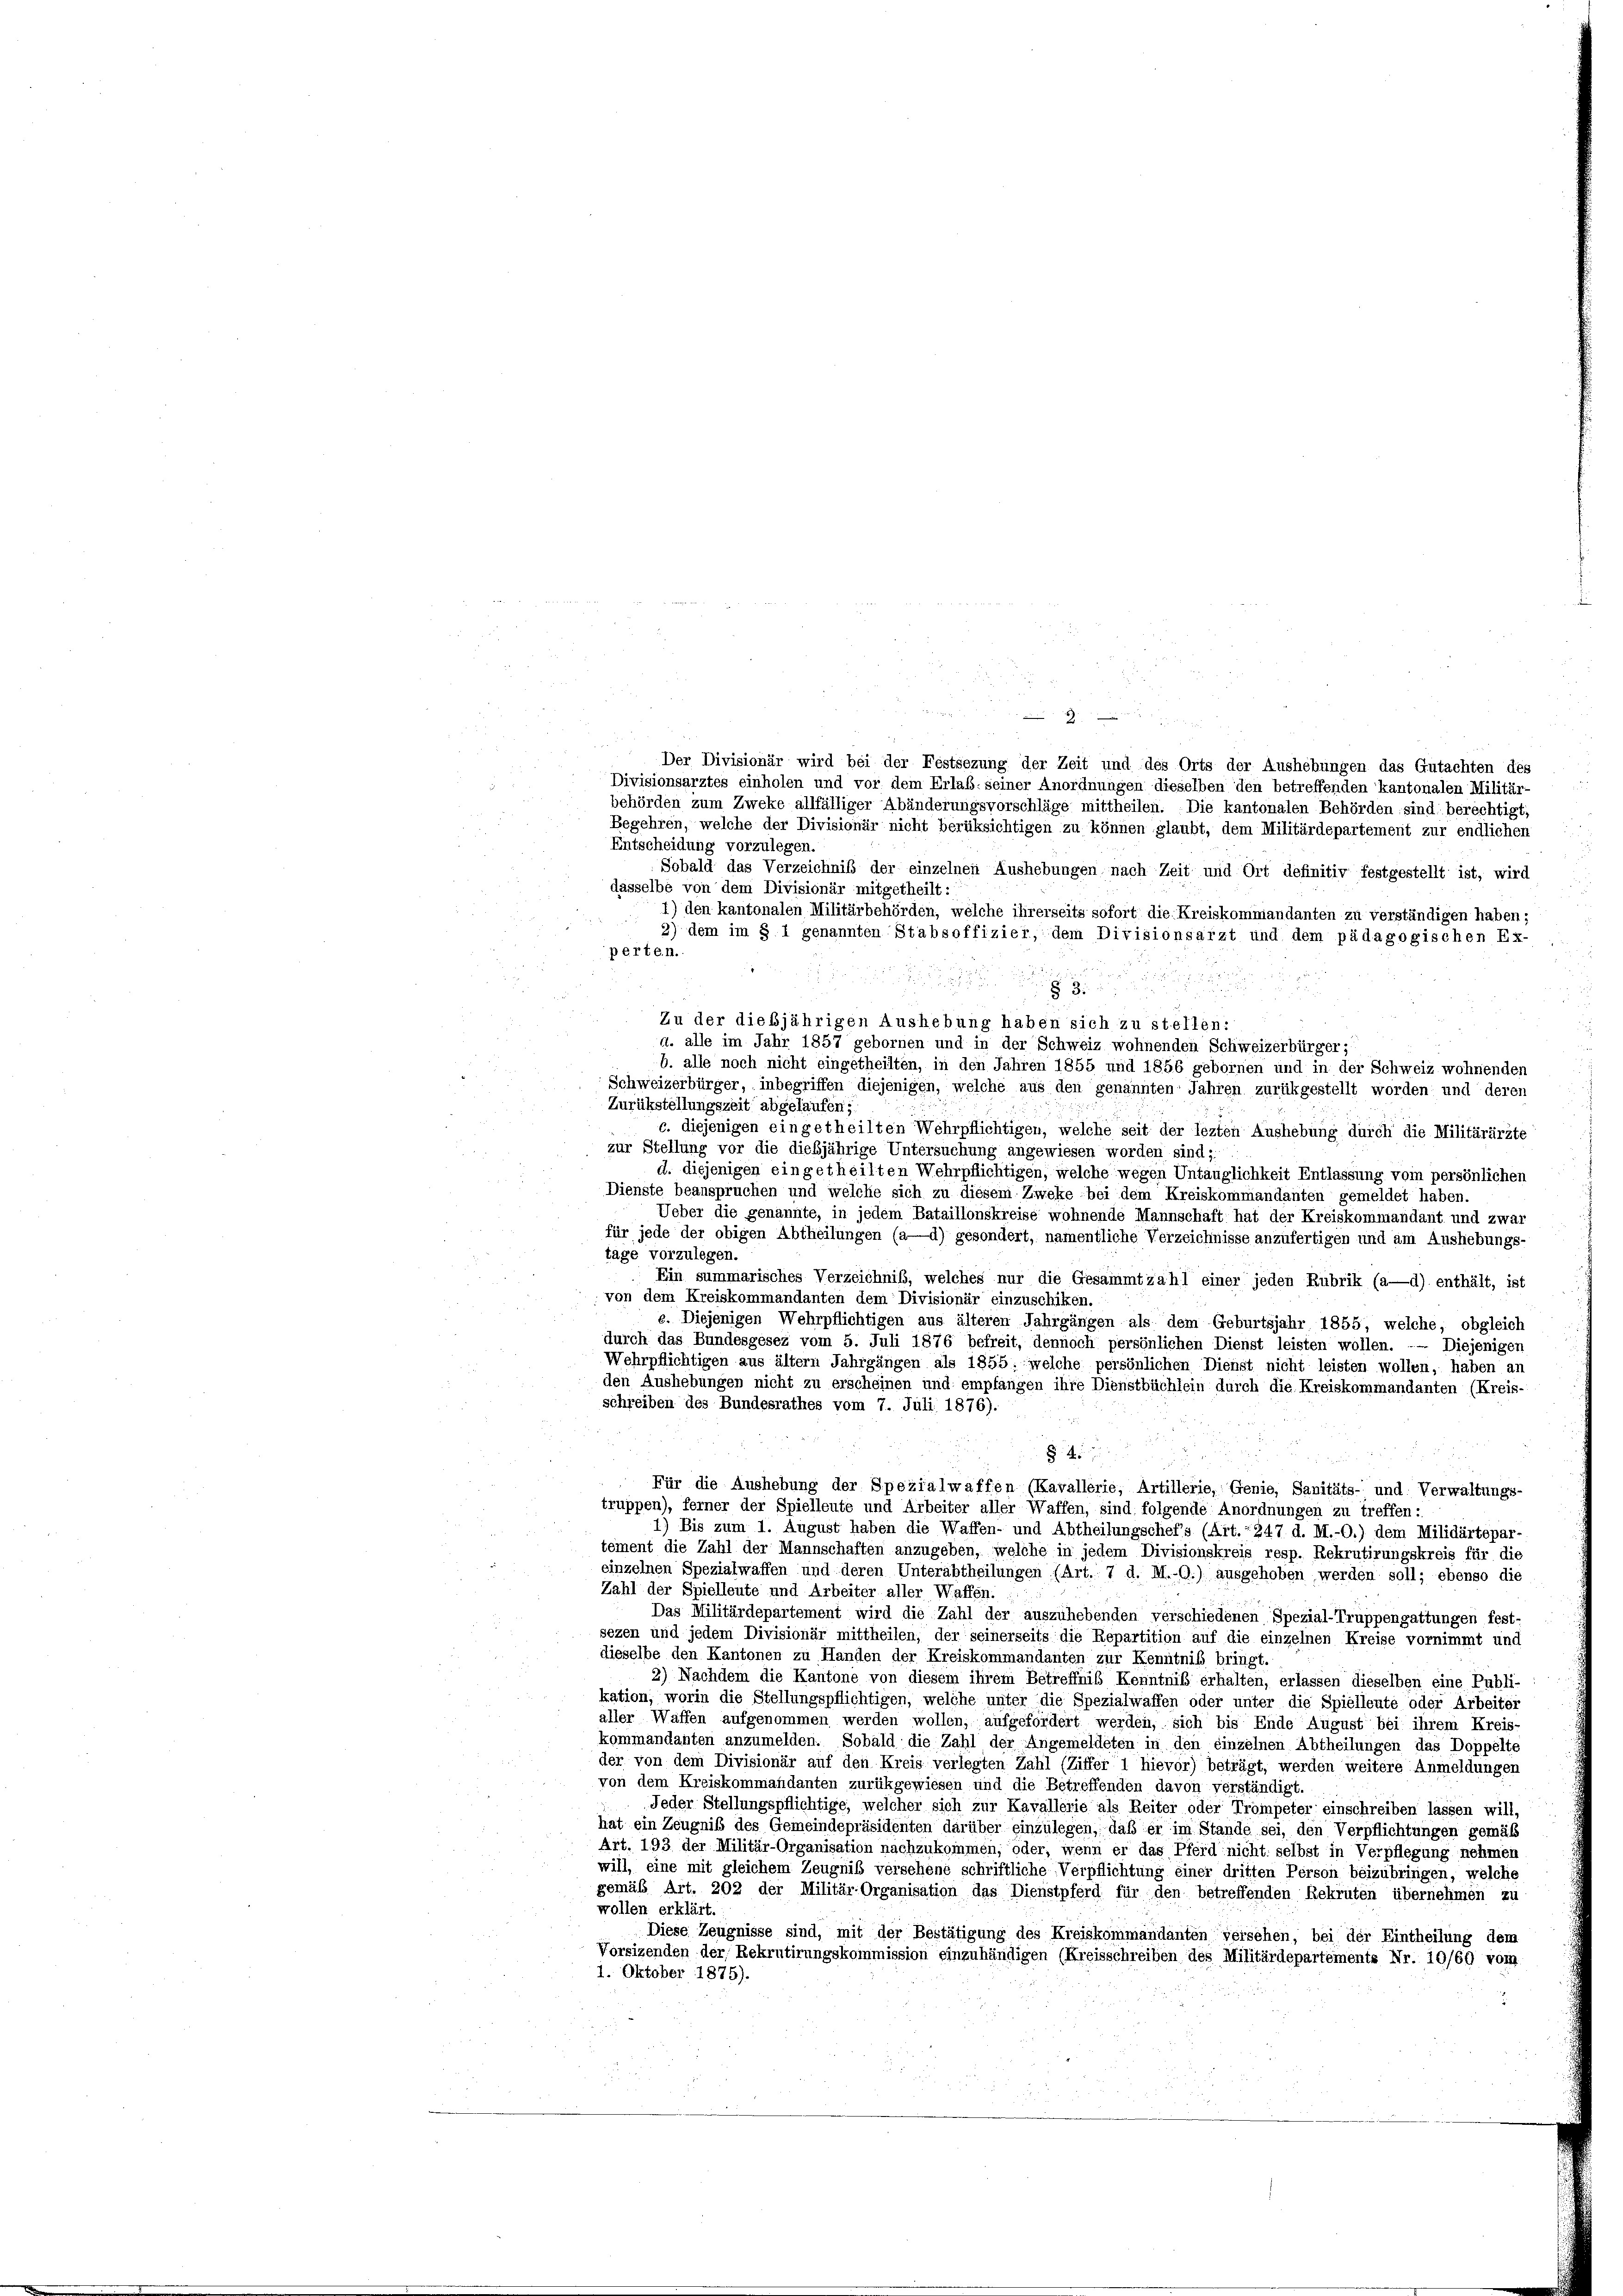
behörden zum Zweke allfälliger Abänderungsvorschläge mittheilen. Die kantonalen Behörden sind berechtigt,
Begehren, welche der Divisionär nicht berüksichtigen zu können glaubt, dem Militärdepartement zur endlichen
Entscheidung vorzulegen.
Sobald das Verzeichniß der einzelnen Aushebungen nach Zeit und Ort definitiv festgestellt ist, wird
dasselbe von dem Divisionär mitgetheilt:
1) den kantonalen Militärbehörden, welche ihrerseits sofort die Kreiskommandanten zu verständigen haben:
2) dem im § I genannten Stabsoffizier, dem Divisionsarzt und dem pädagogischen Ex-
perten.

Zu der dießjährigen Aushebung haben sich zu stellen:
u. alle im Jahr 1857 gebornen und in der Schweiz wohnenden Schweizerbürger,
b. alle noch nicht eingetheilten, in den Jahren 1855 und 1856 gebornen und in der Schweiz wohnenden
Schweizerbürger, inbegriffen diejenigen, welche aus den genannten Jahren zurükgestellt worden; und deren
Zurükstellungszeit abgelaufen;
c. diejenigen eingetheilten Wehrpflichtigen, welche seit der lezten Aushebung durch die Militärärzte
zur Stellung vor die dießjährige Untersuchung angewiesen worden sind;
d. diejenigen eingetheilten Wehrpflichtigen, welche wegen Untauglichkeit Entlassung vom persönlichen
Dienste beanspruchen und welche sich zu diesem Zweke bei dem Kreiskommandanten gemeldet haben.
Ueber die genannte, in jedem Bataillonskreise wohnende Mannschaft hat der Kreiskommandant und zwar
für jede der obigen Abtheilungen (a—d) gesondert, namentliche Verzeichnisse anzufertigen und am Ausliebungs-
tage vorzulegen.
Ein summarisches Verzeichniß, welches nur die Gesammtzahl einer jeden Rubrik (a—d) enthält, ist
von dem Kreiskommandanten dem Divisionär einzuschiken.
e. Diejenigen Wehrpflichtigen aus älteren Jahrgängen als dem Geburtsjahr 1855, welche, obgleich
durch das Bundesgesez vom 5. Juli 1876 befreit, dennoch persönlichen Dienst leisten wollen. — Diejenigen
Wehrpflichtigen aus ältern Jahrgängen als 1855: welche persönlichen Dienst nicht leisten wollen, haben an
den Aushebungen nicht zu erscheinen und empfangen ihre Dienstbüchlein durch die Kreiskommandanten (Kreis-
schreiben des Bundesrathes vom 7. Juli 1876).
§ 4
Für die Aushebung der Spezialwaffen (Kavallerie, Artillerie, Genie, Sanitäts- und Verwaltungs-
truppen), ferner der Spielleute und Arbeiter aller Waffen, sind folgende Anordnungen zu treffen:
1) Bis zum 1. August haben die Waffen- und Abtheilungschefs (Art. 247 d. M.-O.) dem Milidärtepar-
tement die Zahl der Mannschaften anzugeben, welche in jedem Divisionskreis resp. Rekrutirungskreis für die
einzelnen Spezialwaffen und deren Unterabtheilungen (Art. 7 d. M.-O.) ausgehoben werden soll; ebenso die
Zahl der Spielleute und Arbeiter aller Waffen.
Das Militärdepartement wird die Zahl der auszuhebenden verschiedenen Spezial-Truppengattungen fest-
sezen und jedem Divisionär mittheilen, der seinerseits die Repartition auf die einzelnen Kreise vornimmt und
dieselbe den Kantonen zu Handen der Kreiskommandanten zur Kenntniß bringt.
2) Nachdem die Kantone von diesem ihrem Betreffniß Kenntniß erhalten, erlassen dieselben eine Publi-
kation, worin die Stellungspflichtigen, welche unter die Spezialwaffen oder unter die Spielleute oder Arbeiter
aller Waffen aufgenommen werden wollen, aufgefordert werden, sich bis Ende August bei ihrem Kreis-
kommandanten anzumelden. Sobald die Zahl der Angemeldeten in den einzelnen Abtheilungen das Doppelte
der von dem Divisionär auf den Kreis verlegten Zahl (Ziffer 1 hievor) beträgt, werden weitere Anmeldungen
von dem Kreiskommandanten zurükgewiesen und die Betreffenden davon verständigt.
Jeder Stellungspflichtige, welcher sich zur Kavallerie als Reiter oder Trompeter einschreiben lassen will,
hat ein Zeugniß des Gemeindepräsidenten darüber einzulegen, daß er im Stande sei, den Verpflichtungen gemäß
Art. 193 der Militär-Organisation nachzukommen, oder, wenn er das Pferd nicht selbst in Verpflegung nehmen
will, eine mit gleichem Zeugniß versehene schriftliche Verpflichtung einer dritten Person beizubringen, welche
gemäß Art. 202 der Militär-Organisation das Dienstpferd für den betreffenden Rekruten übernehmen zu
wollen erklärt.
Diese Zeugnisse sind, mit der Bestätigung des Kreiskommandanten versehen, bei der Eintheilung dem
Vorsizenden der Rekrutirungskommission einzuhändigen (Kreisschreiben des Militärdepartements Nr. 10/60 vom
1. Oktober 1875).

Der Divisionär wird bei der Festsezung der Zeit und des Orts der Aushebungen das Gutachten des
Divisionsarztes einholen und vor dem Erlaß seiner Anordnungen dieselben den betreffenden kantonalen Militär-